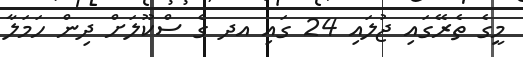
މީގެ ތެރޭގައި ޖުލައި 24 ގައި އދ ގެ ސްކޫލަށް ދިން ހަމަލާ